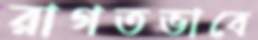
রাগতভাবে